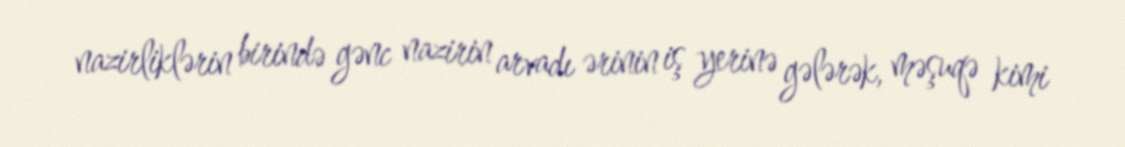
nazirliklərin birində gənc nazirin arvadı ərinin iş yerinə gələrək, məşuqə kimi